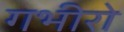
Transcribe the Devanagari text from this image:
गभीरो